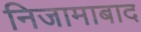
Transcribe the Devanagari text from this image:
निजामाबाद